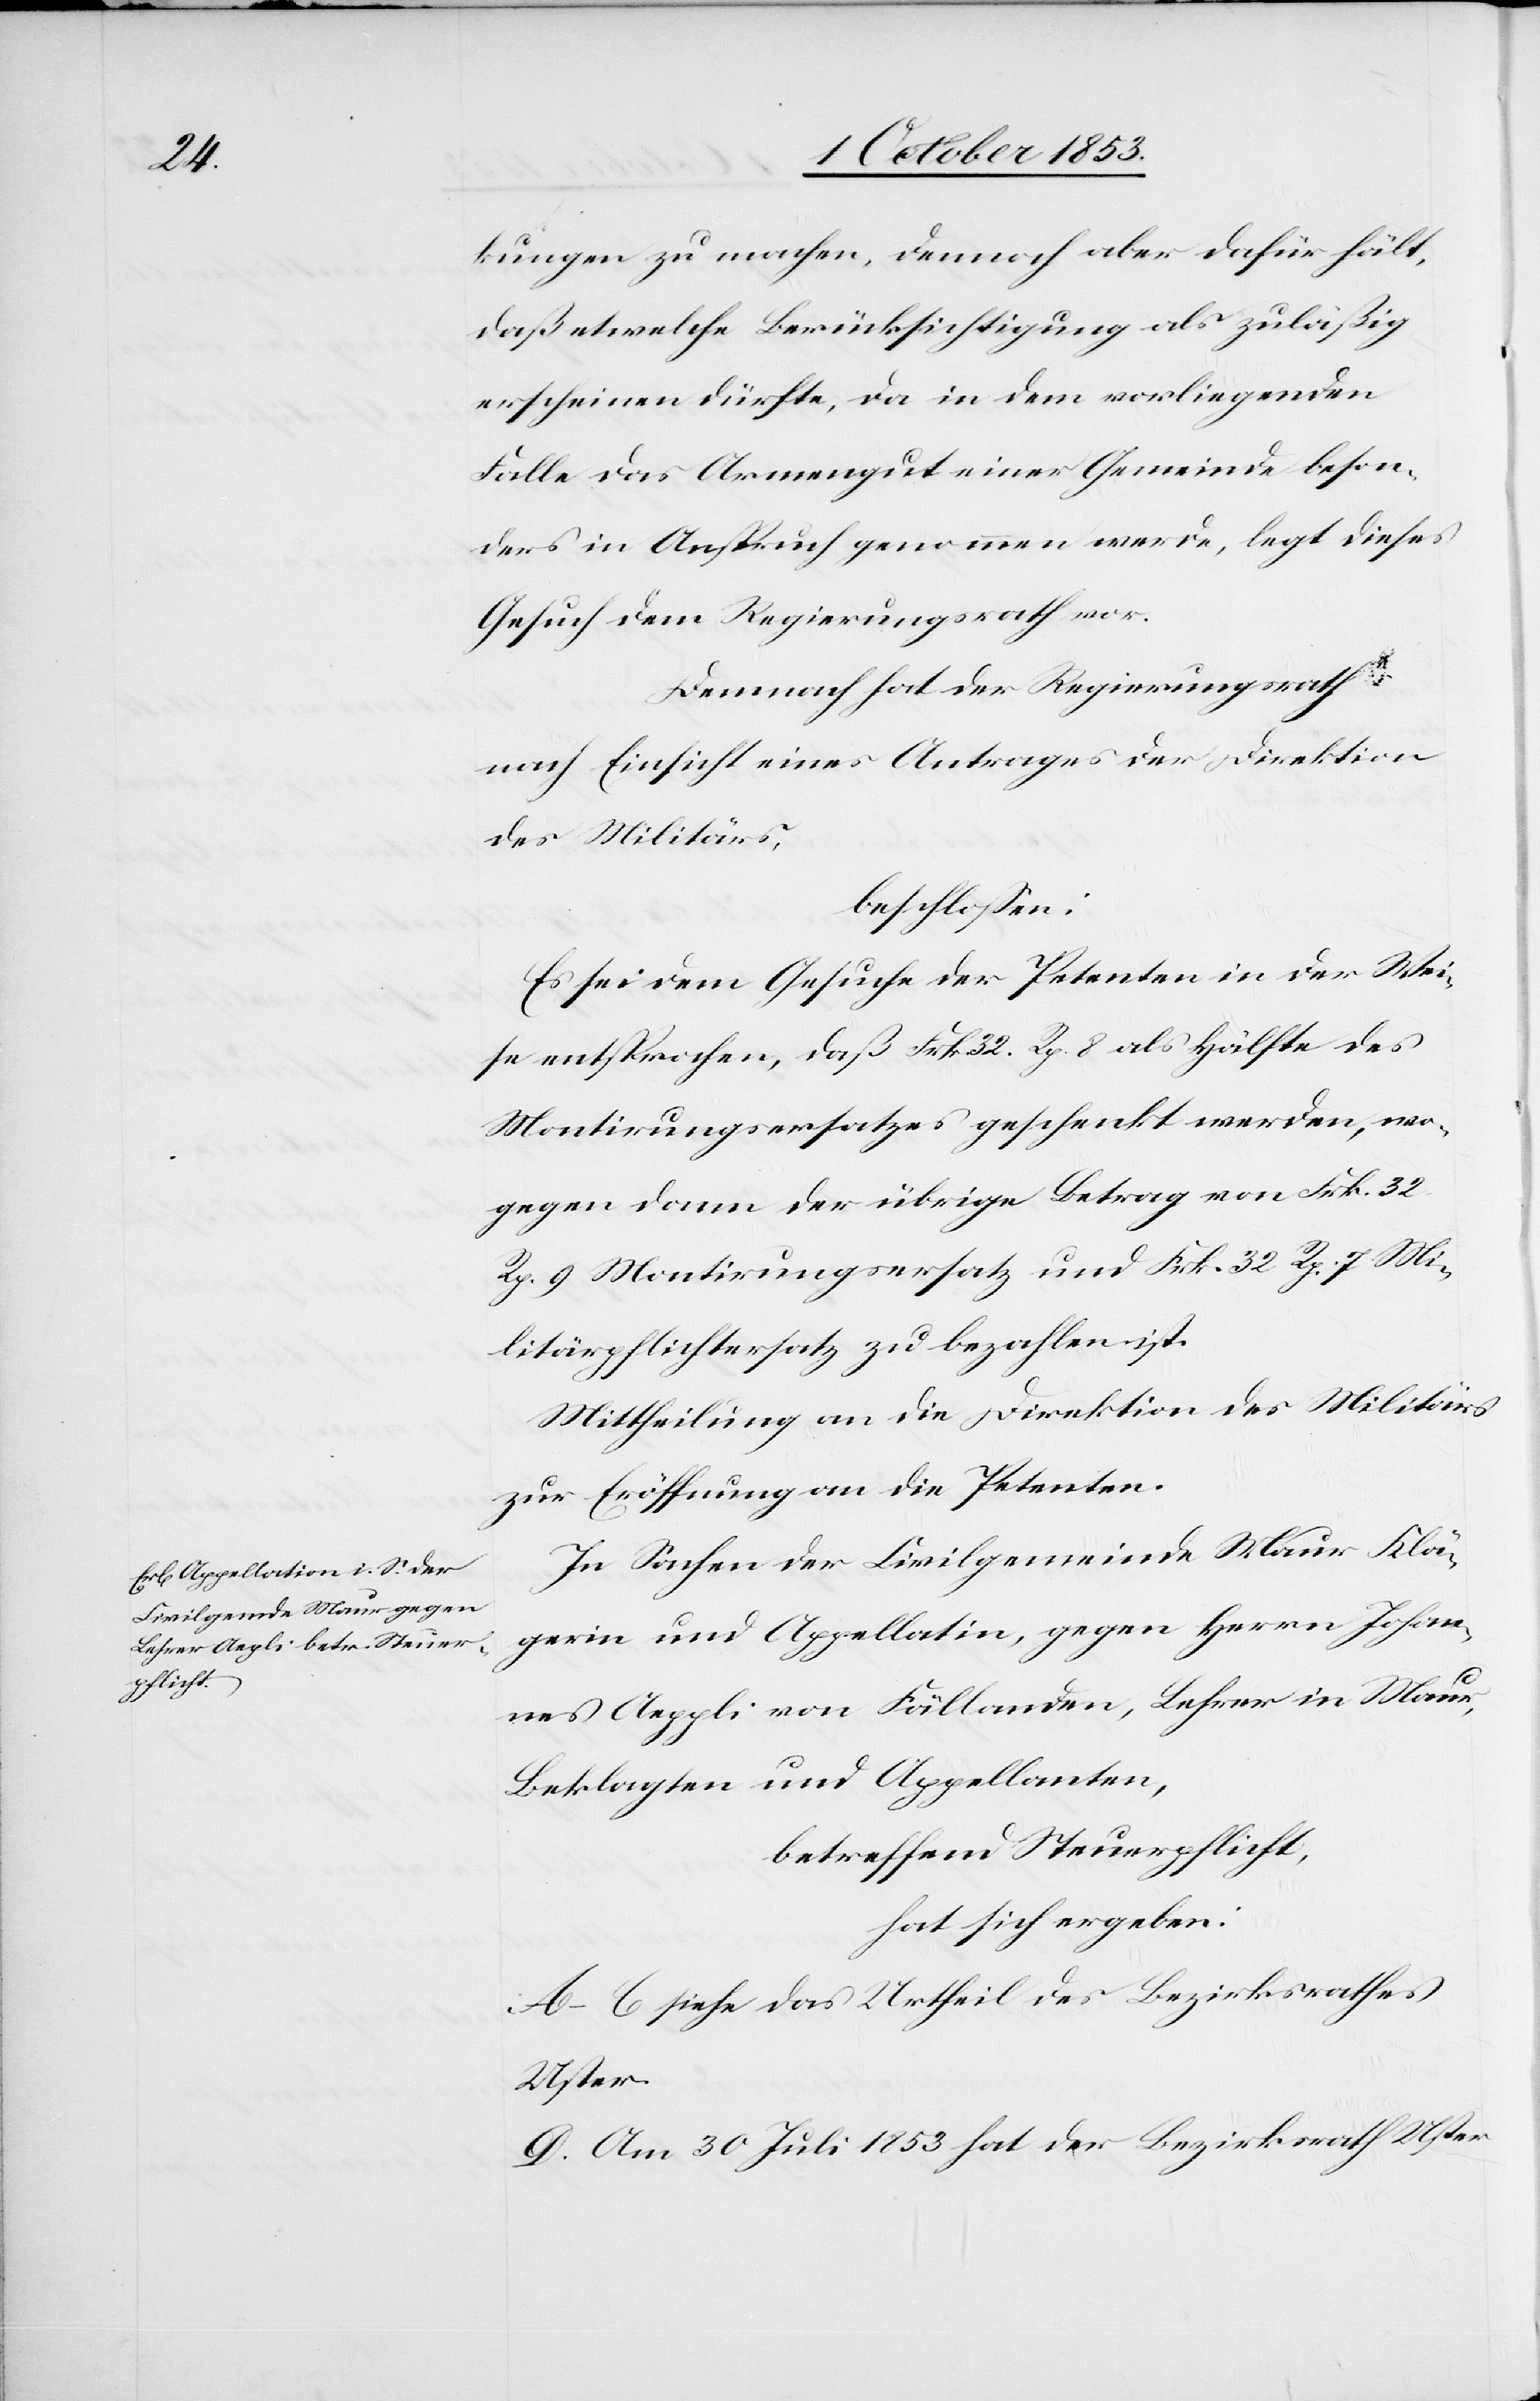
kungen zu machen, dmenach aber dafür hält,
daß etwelche Berücksichtigung als zuläßig
erscheinen dürfte, da in dem vorliegenden
Falle des Armengut einer Gemeinde beson¬
ders in Anspruch genommen werde, legt dieses
Gesuch dem Regierungsrath vor.
Demnach hat der Regierungsrath
nach Einsicht eines Antrages der Direktion
des Militärs,
beschloßen:
Es sei dem Gesuche der Petenten in der Wei¬
se entsprochen, daß Frk. 32 Rp. 8 als Hälfte des
Montirungsgesetzes geschenkt werden, wo¬
gegen dann der übrige Betrag von Frk. 32
Rp. 9 Montirungsersatz und Frk. 32 Rp. 7 Mi¬
litärpflichtersatz zu bezahlen ist.
Mittheilung an die Direktion des Militärs
zur Eröffnung an die Petenten.
In Sachen der Civilgemeinde Maur Klä¬
gerin und Appellatin, gegen Herrn Johan¬
nes Aeppli von Fällanden, Lehrer in Maur,
Beklagten und Appellanten,
betreffend Steuerpflicht,
hat sich ergeben:
A–C siehe das Urtheil des Bezirksrathes
Uster.
D. Am 30 Juli 1853 hat der Bezirksrath Uster